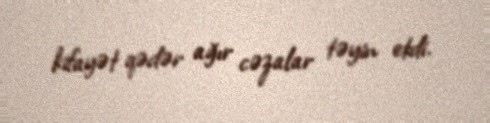
kifayət qədər ağır cəzalar təyin etdi.